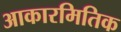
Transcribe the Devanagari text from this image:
आकारमितिक